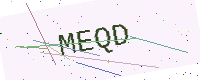
Text: MEQD